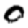
Digit: 0